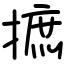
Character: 摭